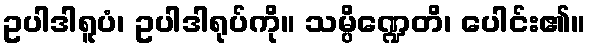
ဥပါဒါရူပံ၊ ဥပါဒါရုပ်ကို။ သမ္ပိဏ္ဍေတိ၊ ပေါင်း၏။